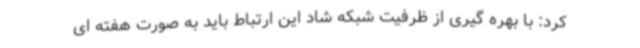
کرد: با بهره گیری از ظرفیت شبکه شاد این ارتباط باید به صورت هفته ای